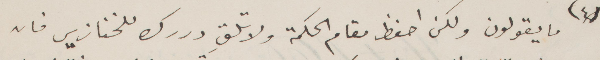
ما يقولون ولكن احفظ مقام الكلمة ولا تلقٍ دررك للخنازير فان